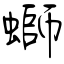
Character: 螄